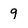
Character: 9